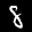
Label: 8